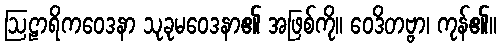
ဩဠာရိကဝေဒနာ သုခုမဝေဒနာ၏ အဖြစ်ကို။ ဝေဒိတဗ္ဗာ၊ ကုန်၏။